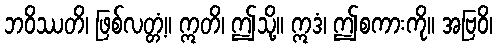
ဘဝိဿတိ၊ ဖြစ်လတ္တံ့။ ဣတိ၊ ဤသို့။ ဣဒံ၊ ဤစကားကို။ အဗြဝိ၊